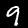
Label: 9